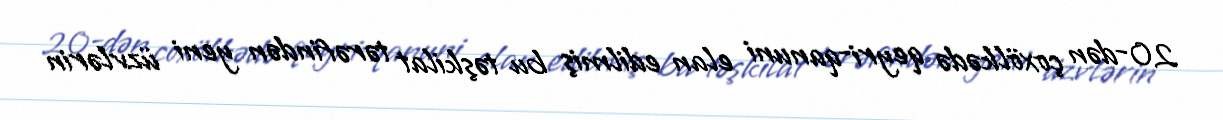
20-dən çoxölkədə qeyri-qanuni elan edilmiş bu təşkilat tərəfindən yeni üzvlərin